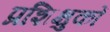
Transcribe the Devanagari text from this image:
प्रशिक्षुकों